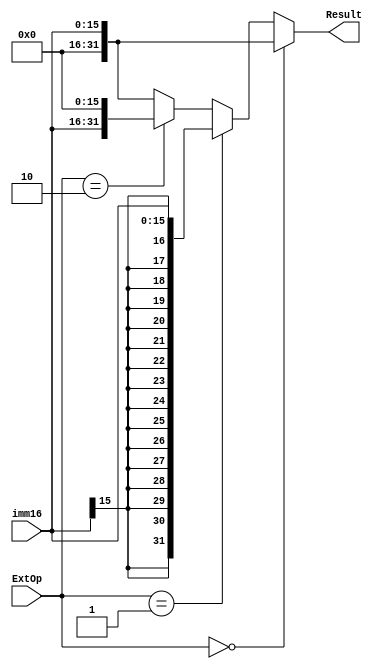
`timescale 1ns / 1ps
//////////////////////////////////////////////////////////////////////////////////
// Company: 
// Engineer: 
// 
// Design Name: 
// Module Name:    ext 
// Project Name: 
// Target Devices: 
// Tool versions: 
// Description: 
//
// Dependencies: 
//
// Revision: 
// Revision 0.01 - File Created
// Additional Comments: 
//
//////////////////////////////////////////////////////////////////////////////////
`define ZERO 2'b00
`define SIGN 2'b01
`define HIGH 2'b10
module ext(
    input [15:0] imm16,
    input [1:0] ExtOp,
    output [31:0] Result
    );

    assign Result = (ExtOp == `ZERO) ? {{16{1'b0}}, imm16} :
                    (ExtOp == `SIGN) ? {{16{imm16[15]}}, imm16} :
                    (ExtOp == `HIGH) ? {imm16, {16{1'b0}}} :
                    {{16{1'b0}}, imm16};

endmodule